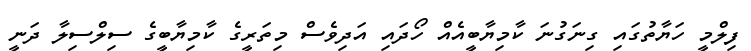
ފިލްމީ ހަޔާތުގައި ގިނަގުނަ ކާމިޔާބީއެއް ހޯދައި އަދިވެސް މިތަރީގެ ކާމިޔާބީގެ ސިލްސިލާ ދަނީ